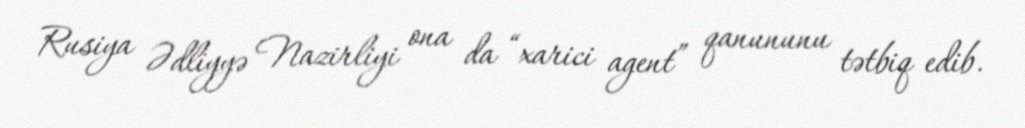
Rusiya Ədliyyə Nazirliyi ona da “xarici agent” qanununu tətbiq edib.